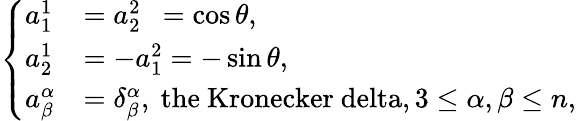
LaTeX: \begin{array}{r}{\left\{ \begin{array}{lll}{a_{1}^{1}}&{=a_{2}^{2}\ \ =\cos\theta,}\\ {a_{2}^{1}}&{=-a_{1}^{2}=-\sin\theta,}\\ {a_{\beta}^{\alpha}}&{=\delta_{\beta}^{\alpha},\mathrm{~the~Kronecker~delta},3\leq\alpha,\beta\leq n,}\end{array}\right.}\end{array}